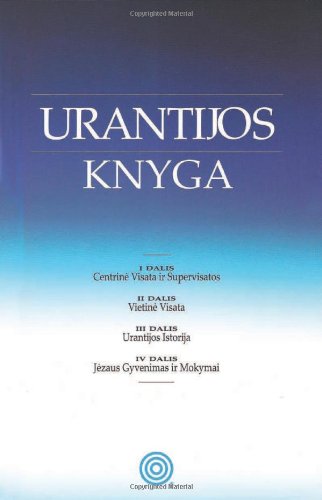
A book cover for Urantijos Knyga; Urantia Foundation; Religion & Spirituality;